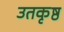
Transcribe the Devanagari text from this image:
उतकृष्ठ